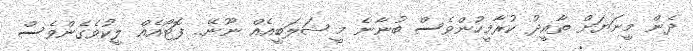
ދެން މީނަޔަށް ތާއީދު ކުރާމީހުންވެސް ބުނާނެ މީ ޝަލަބީއެއް ނޫނޭ.. ފޮޓޯއެއް ލީކުވެގެންވެސް